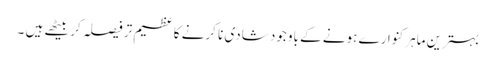
بہترین ماہرکنوارے ہونے کے باوجود شادی نا کرنے کا عظیم تر فیصلہ کر بیٹھے ہیں ۔